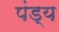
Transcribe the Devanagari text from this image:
पंड्य